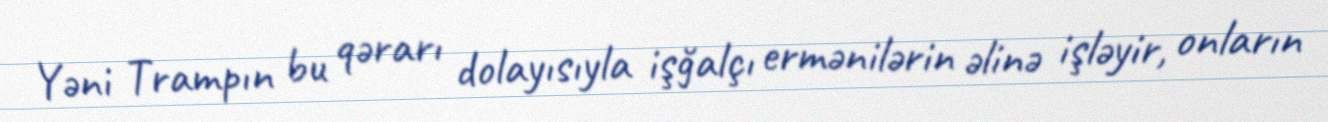
Yəni Trampın bu qərarı dolayısıyla işğalçı ermənilərin əlinə işləyir, onların